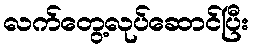
လက်တွေ့လုပ်ဆောင်ပြီး